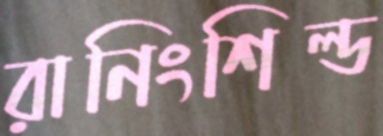
রানিংশিল্ড